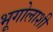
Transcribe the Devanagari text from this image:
भूगोलाशी